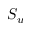
S _ { u }